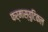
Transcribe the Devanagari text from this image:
फर्मास्युटिकल